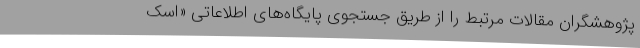
پژوهشگران مقالات مرتبط را از طریق جستجوی پایگاه‌های اطلاعاتی «اسک